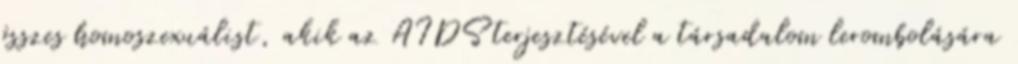
összes homoszexuálist, akik az AIDS terjesztésével a társadalom lerombolására